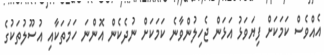
އެއްވެސް ކަމަކަށް ފިޔަވަޅު އަޅަން ޖެހިލުންވާނެ ކަމަކަށް ނުދެކެން އޮންނަ ހަމަތަކާއި އުސޫލުތަކުގެ